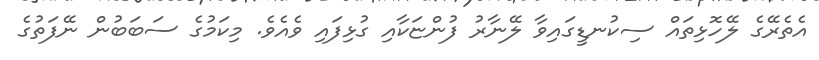
އެތެރޭގެ ލޭހޮޅިތައް ސިކުނޑީގައިވާ ލޭނާރު ފުންޏަކާއި ގުޅިފައި ވެއެވެ. މިކަމުގެ ސަބަބުން ނޭފަތުގެ